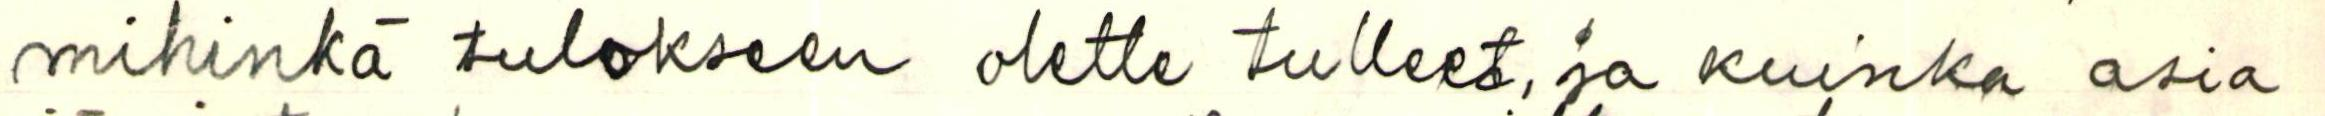
mihinkä tulokseen olette tulleet, ja kuinka asia